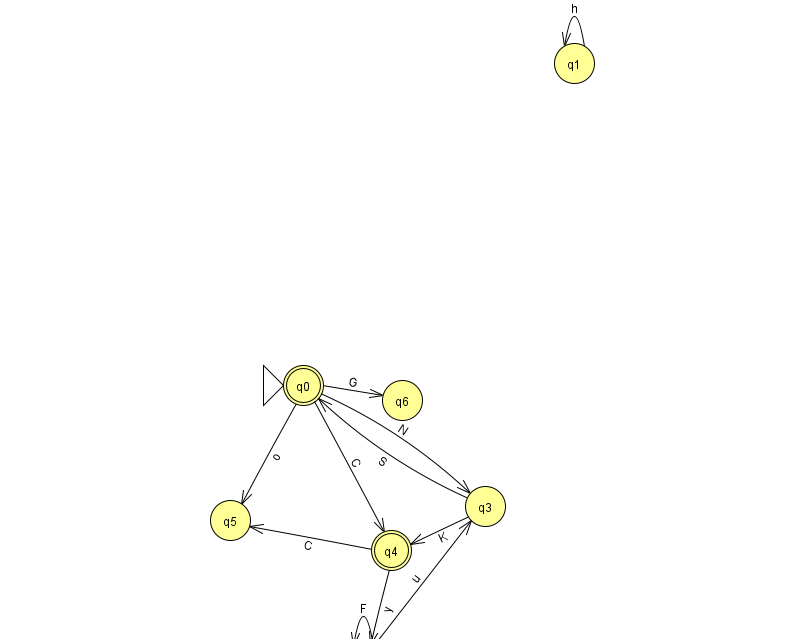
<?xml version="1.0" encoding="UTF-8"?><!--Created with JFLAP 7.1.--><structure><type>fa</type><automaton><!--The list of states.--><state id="0" name="q0"><x>303.0</x><y>372.0</y><initial/><final/></state><state id="1" name="q1"><x>574.0</x><y>50.0</y></state><state id="2" name="q2"><x>363.0</x><y>650.0</y></state><state id="3" name="q3"><x>485.0</x><y>493.0</y></state><state id="4" name="q4"><x>391.0</x><y>537.0</y><final/></state><state id="5" name="q5"><x>230.0</x><y>507.0</y></state><state id="6" name="q6"><x>402.0</x><y>387.0</y></state><!--The list of transitions.--><transition><from>0</from><to>5</to><read>o</read></transition><transition><from>3</from><to>4</to><read>K</read></transition><transition><from>0</from><to>4</to><read>C</read></transition><transition><from>2</from><to>2</to><read>F</read></transition><transition><from>0</from><to>3</to><read>N</read></transition><transition><from>1</from><to>1</to><read>h</read></transition><transition><from>2</from><to>3</to><read>u</read></transition><transition><from>3</from><to>0</to><read>S</read></transition><transition><from>0</from><to>6</to><read>G</read></transition><transition><from>4</from><to>2</to><read>y</read></transition><transition><from>4</from><to>5</to><read>C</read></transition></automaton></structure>